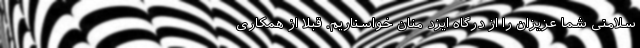
سلامتی شما عزیزان را از درگاه ایزد منان خواستاریم. قبلا از همکاری